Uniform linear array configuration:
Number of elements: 8
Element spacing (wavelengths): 0.25
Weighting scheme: uniform
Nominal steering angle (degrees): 15
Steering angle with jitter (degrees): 13.705
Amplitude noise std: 0.05
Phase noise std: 0.05

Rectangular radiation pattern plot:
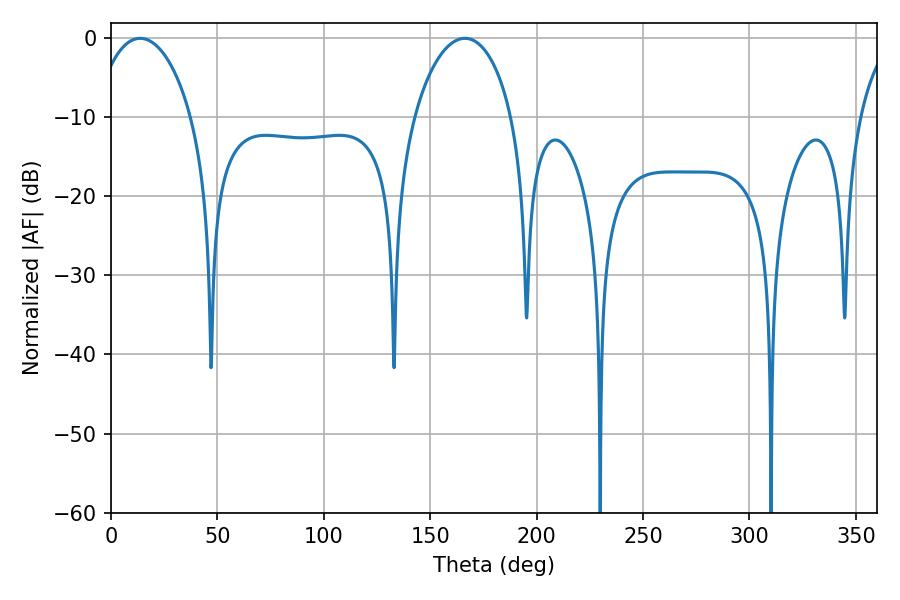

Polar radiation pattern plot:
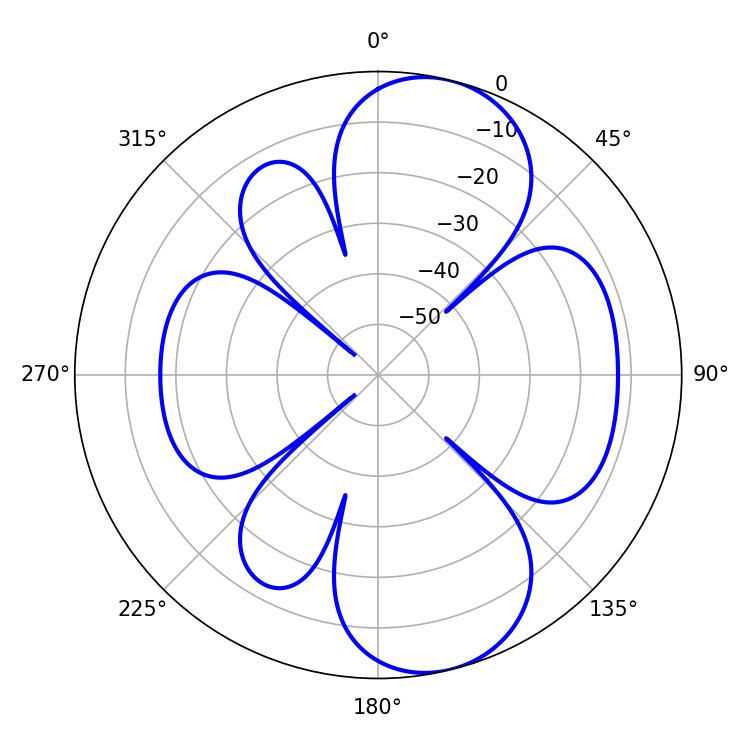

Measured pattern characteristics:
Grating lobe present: FALSE
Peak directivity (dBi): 8.856
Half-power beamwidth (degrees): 26.28
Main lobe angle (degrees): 13.68